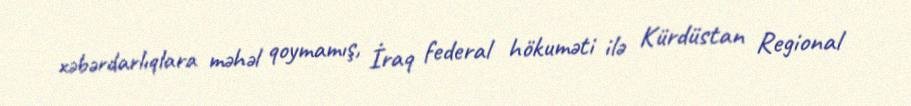
xəbərdarlıqlara məhəl qoymamış, İraq federal hökuməti ilə Kürdüstan Regional